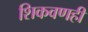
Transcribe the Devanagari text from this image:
शिकवणही